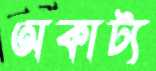
অকাট্য